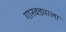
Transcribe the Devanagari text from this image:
गारवड्याला